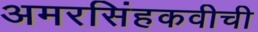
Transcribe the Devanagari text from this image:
अमरसिंहकवीची